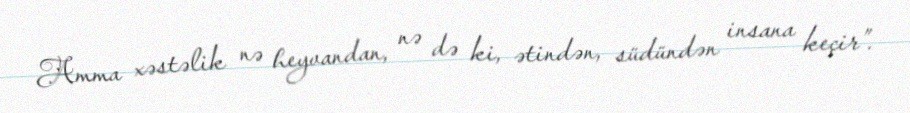
Amma xəstəlik nə heyvandan, nə də ki, ətindən, südündən insana keçir”.